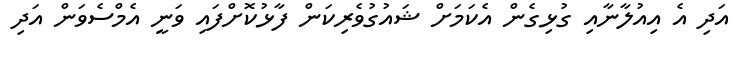
އަދި އެ އިއުލާނާއި ގުޅިގެން އެކަމަށް ޝައުގުވެރިކަން ފާޅުކޮށްފައި ވަނީ އެމްސެވަން އަދި